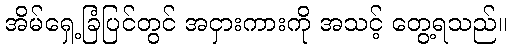
အိမ်ရှေ့ခြံပြင်တွင် အငှားကားကို အသင့် တွေ့ရသည်။